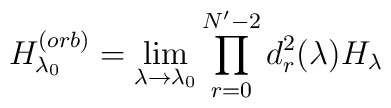
H^{(orb)}_{\lambda_0}=\lim_{\lambda \rightarrow \lambda_0} \prod^{N' -2}_{r=0}d^2_r ( \lambda) H_{\lambda}